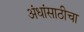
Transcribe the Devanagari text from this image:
अंधांसाठीचा